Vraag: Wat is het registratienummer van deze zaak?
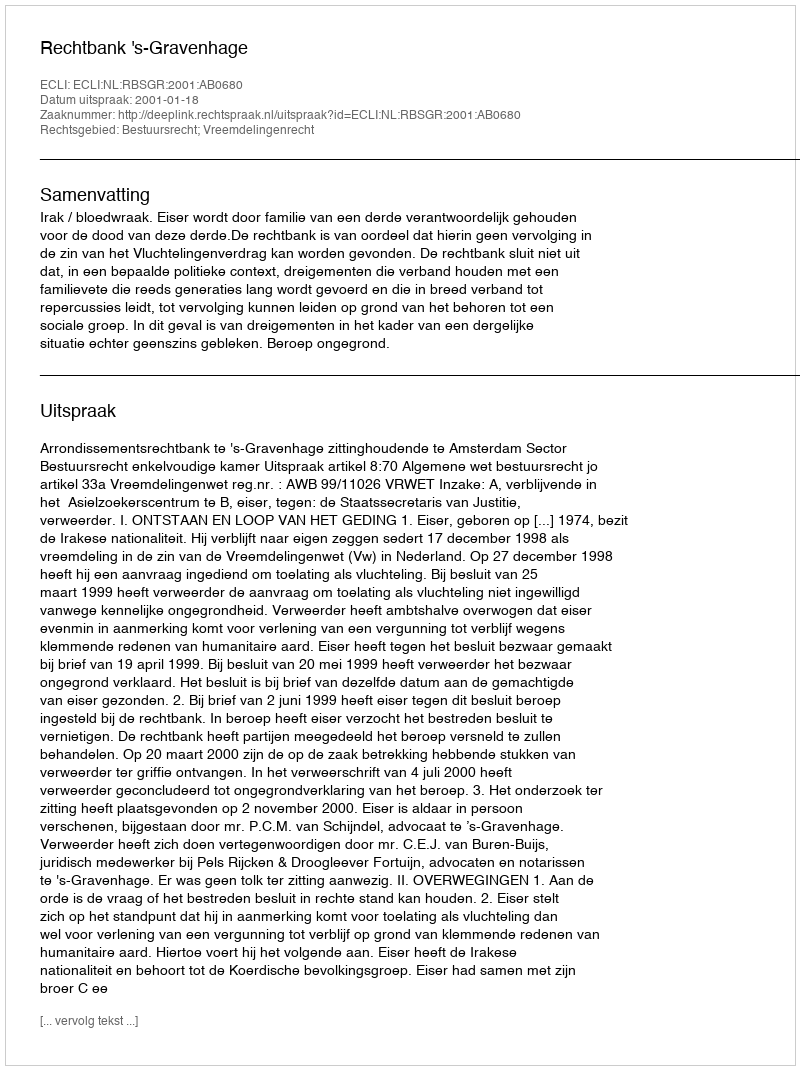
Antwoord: http://deeplink.rechtspraak.nl/uitspraak?id=ECLI:NL:RBSGR:2001:AB0680